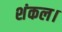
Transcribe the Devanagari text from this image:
शंकल।